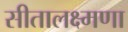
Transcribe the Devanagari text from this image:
सीतालक्ष्मणा